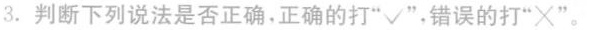
3.判断下列说法是否正确。正确的打”√”，错误的打”×‘’。